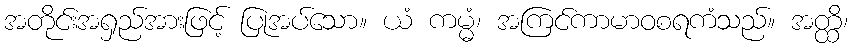
အတိုင်းအရှည်အားဖြင့် ပြုအပ်သော။ ယံ ကမ္မံ၊ အကြင်ကာမာဝစရကံသည်။ အတ္ထိ၊